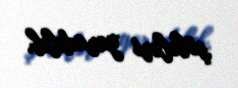
şöbələri yaradılıb.